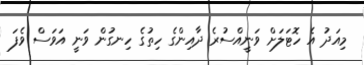
މިއަދު އެ ހޮޓަލަށް ވަނީއްސުރެ ދާއިންގެ ހިތުގެ ހިނގުން ވަނީ އަވަސް ވެފަ